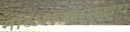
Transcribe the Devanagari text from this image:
माळशेजसारखेच